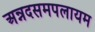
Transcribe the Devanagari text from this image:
अन्नदसमपलायम